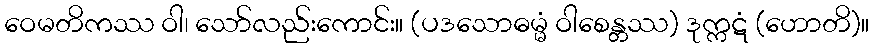
ဝေမတိကဿ ဝါ၊ သော်လည်းကောင်း။ (ပဒသောဓမ္မံ ဝါစေန္တဿ) ဒုက္ကဋံ (ဟောတိ)။